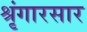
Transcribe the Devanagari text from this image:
श्रृंगारसार